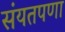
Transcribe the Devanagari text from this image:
संयतपणा